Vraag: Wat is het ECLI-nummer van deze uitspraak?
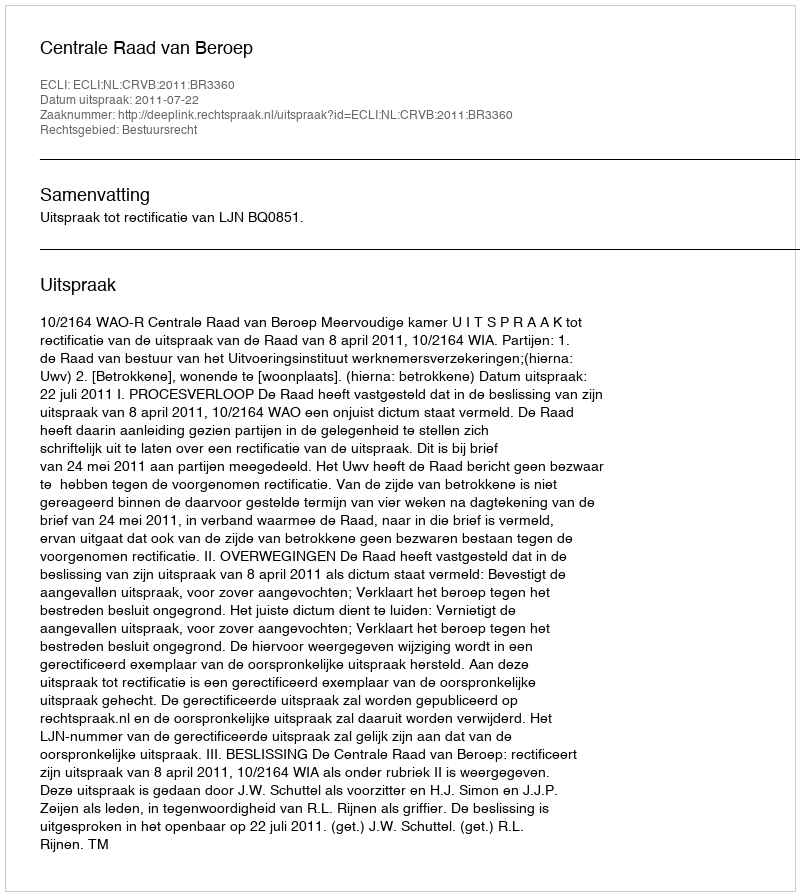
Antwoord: ECLI:NL:CRVB:2011:BR3360